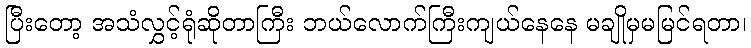
ပြီးတော့ အသံလွှင့်ရုံဆိုတာကြီး ဘယ်လောက်ကြီးကျယ်နေနေ မချိုမှမမြင်ရတာ၊